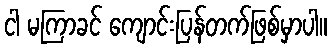
ငါ မကြာခင် ကျောင်းပြန်တက်ဖြစ်မှာပါ။